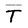
Character: T